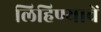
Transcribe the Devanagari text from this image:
लिहिण्याचें